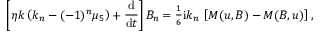
\left[ \eta k \left( k _ { n } - ( - 1 ) ^ { n } \mu _ { 5 } \right) + \frac { \mathrm { d } { } } { \mathrm { d } { } t } \right] B _ { n } = { \textstyle { \frac { 1 } { 6 } } } \mathrm { i } k _ { n } \, \left[ M ( u , B ) - M ( B , u ) \right] ,